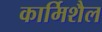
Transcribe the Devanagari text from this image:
कार्मिशैल